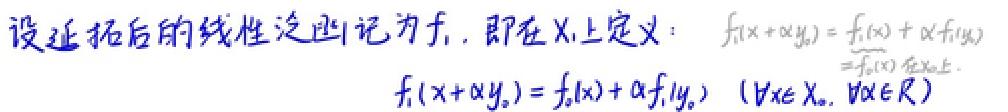
设延拓后的线性泛函记为$f_1$，即在$X_1$上定义：$f_1(x + \alpha y_0)=f_0(x)+\alpha f_1(y_0)$
$f_1(x + \alpha y_0)=f_0(x)+\alpha f_1(y_0)\ (\forall x\in X_0,\ \forall \alpha\in\mathbb{R})$